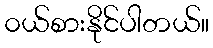
၀ယ်စားနိုင်ပါတယ်။